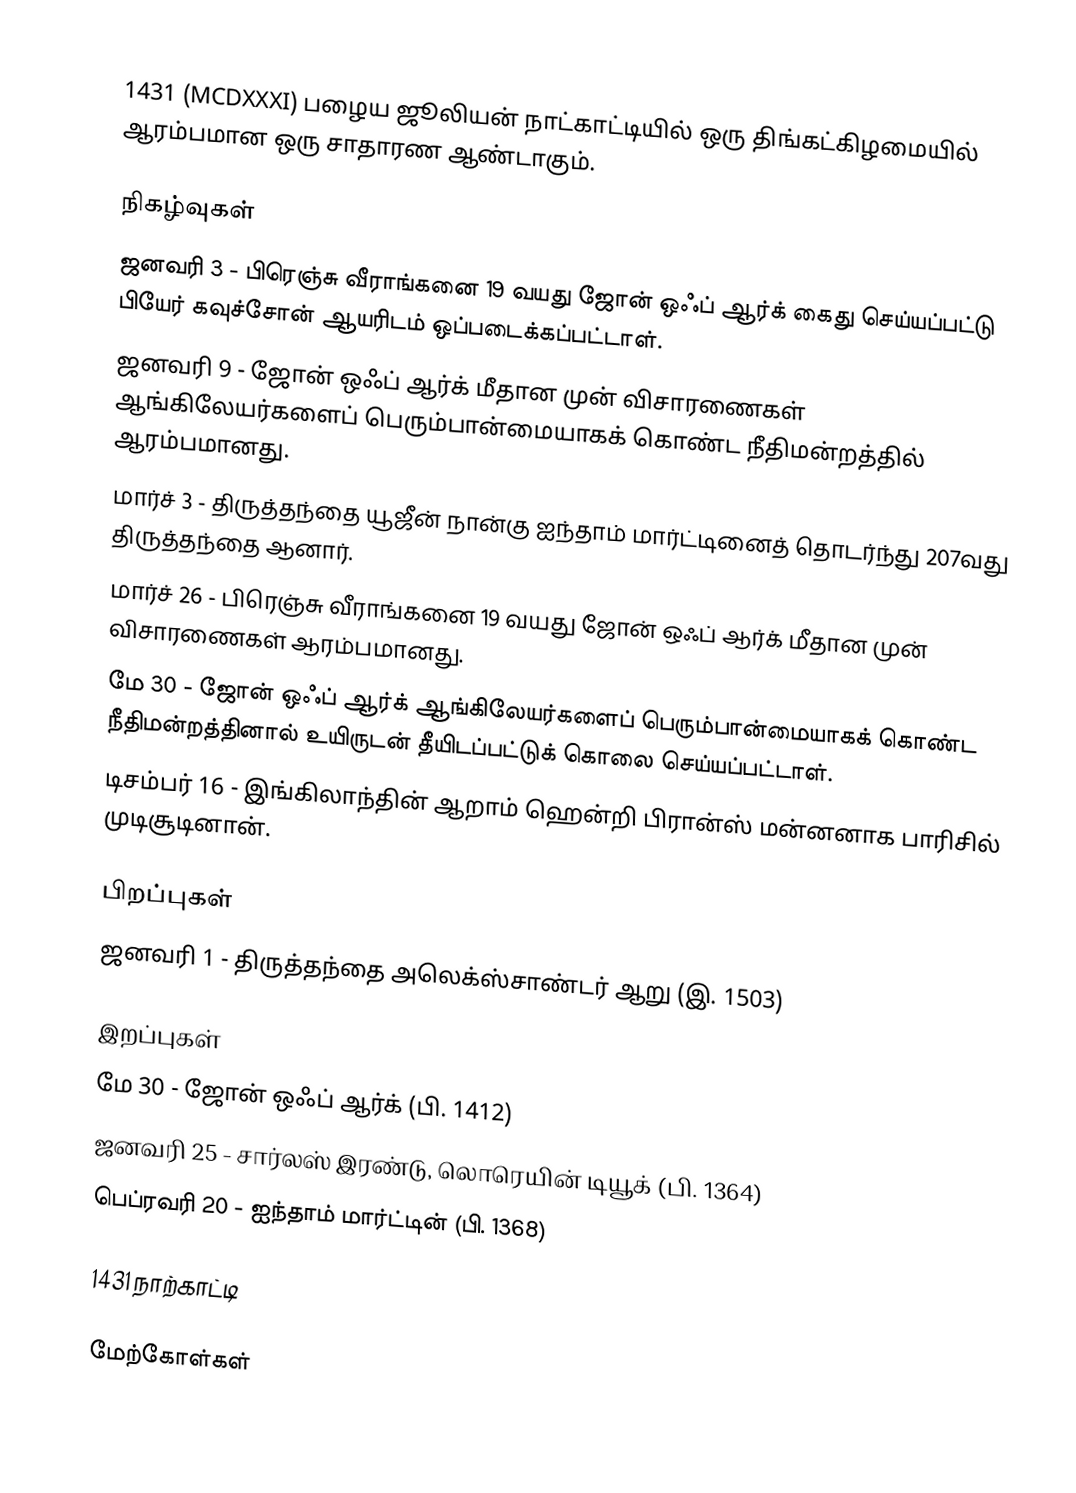

1431 (MCDXXXI) பழைய ஜூலியன் நாட்காட்டியில் ஒரு திங்கட்கிழமையில் ஆரம்பமான ஒரு சாதாரண ஆண்டாகும்.

நிகழ்வுகள்
 ஜனவரி 3 - பிரெஞ்சு வீராங்கனை 19 வயது ஜோன் ஒஃப் ஆர்க் கைது செய்யப்பட்டு பியேர் கவுச்சோன் ஆயரிடம் ஒப்படைக்கப்பட்டாள்.
 ஜனவரி 9 - ஜோன் ஒஃப் ஆர்க் மீதான முன் விசாரணைகள் ஆங்கிலேயர்களைப் பெரும்பான்மையாகக் கொண்ட நீதிமன்றத்தில் ஆரம்பமானது.
 மார்ச் 3 - திருத்தந்தை யூஜீன் நான்கு ஐந்தாம் மார்ட்டினைத் தொடர்ந்து 207வது திருத்தந்தை ஆனார்.
 மார்ச் 26 - பிரெஞ்சு வீராங்கனை 19 வயது ஜோன் ஒஃப் ஆர்க் மீதான முன் விசாரணைகள் ஆரம்பமானது.
 மே 30 - ஜோன் ஒஃப் ஆர்க் ஆங்கிலேயர்களைப் பெரும்பான்மையாகக் கொண்ட நீதிமன்றத்தினால் உயிருடன் தீயிடப்பட்டுக் கொலை செய்யப்பட்டாள்.
 டிசம்பர் 16 - இங்கிலாந்தின் ஆறாம் ஹென்றி பிரான்ஸ் மன்னனாக பாரிசில் முடிசூடினான்.

பிறப்புகள்
 ஜனவரி 1 - திருத்தந்தை அலெக்ஸ்சாண்டர் ஆறு (இ. 1503)

இறப்புகள்
 மே 30 - ஜோன் ஒஃப் ஆர்க் (பி. 1412)
 ஜனவரி 25 - சார்லஸ் இரண்டு, லொரெயின் டியூக் (பி. 1364)
 பெப்ரவரி 20 - ஐந்தாம் மார்ட்டின் (பி. 1368)

1431 நாற்காட்டி

மேற்கோள்கள்